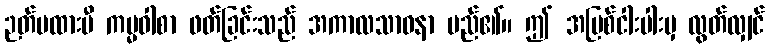
ဉတ်မထားမီ ကမ္မဝါစာ ဖတ်ခြင်းသည် အကာလသာဝနာ မည်၏။ ဤ အပြစ်ငါးပါးမှ လွတ်လျှင်